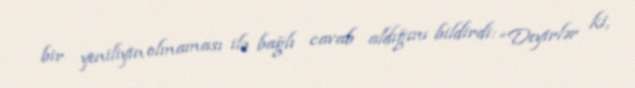
bir yeniliyin olmaması ilə bağlı cavab aldığını bildirdi: “Deyirlər ki,